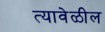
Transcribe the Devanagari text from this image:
त्यावेळील